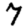
Digit: 7